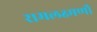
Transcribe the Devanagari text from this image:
रामलक्ष्मणौ